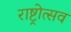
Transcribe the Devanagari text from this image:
राष्ट्रोत्सव